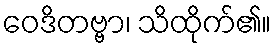
ဝေဒိတဗ္ဗာ၊ သိထိုက်၏။